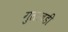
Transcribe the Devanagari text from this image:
गुलाबड़ी